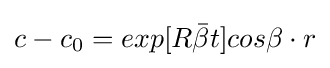
c-c_{0}=exp[R{\bar {\beta }}t]cos\beta \cdot r